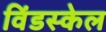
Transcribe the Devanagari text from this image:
विंडस्केल